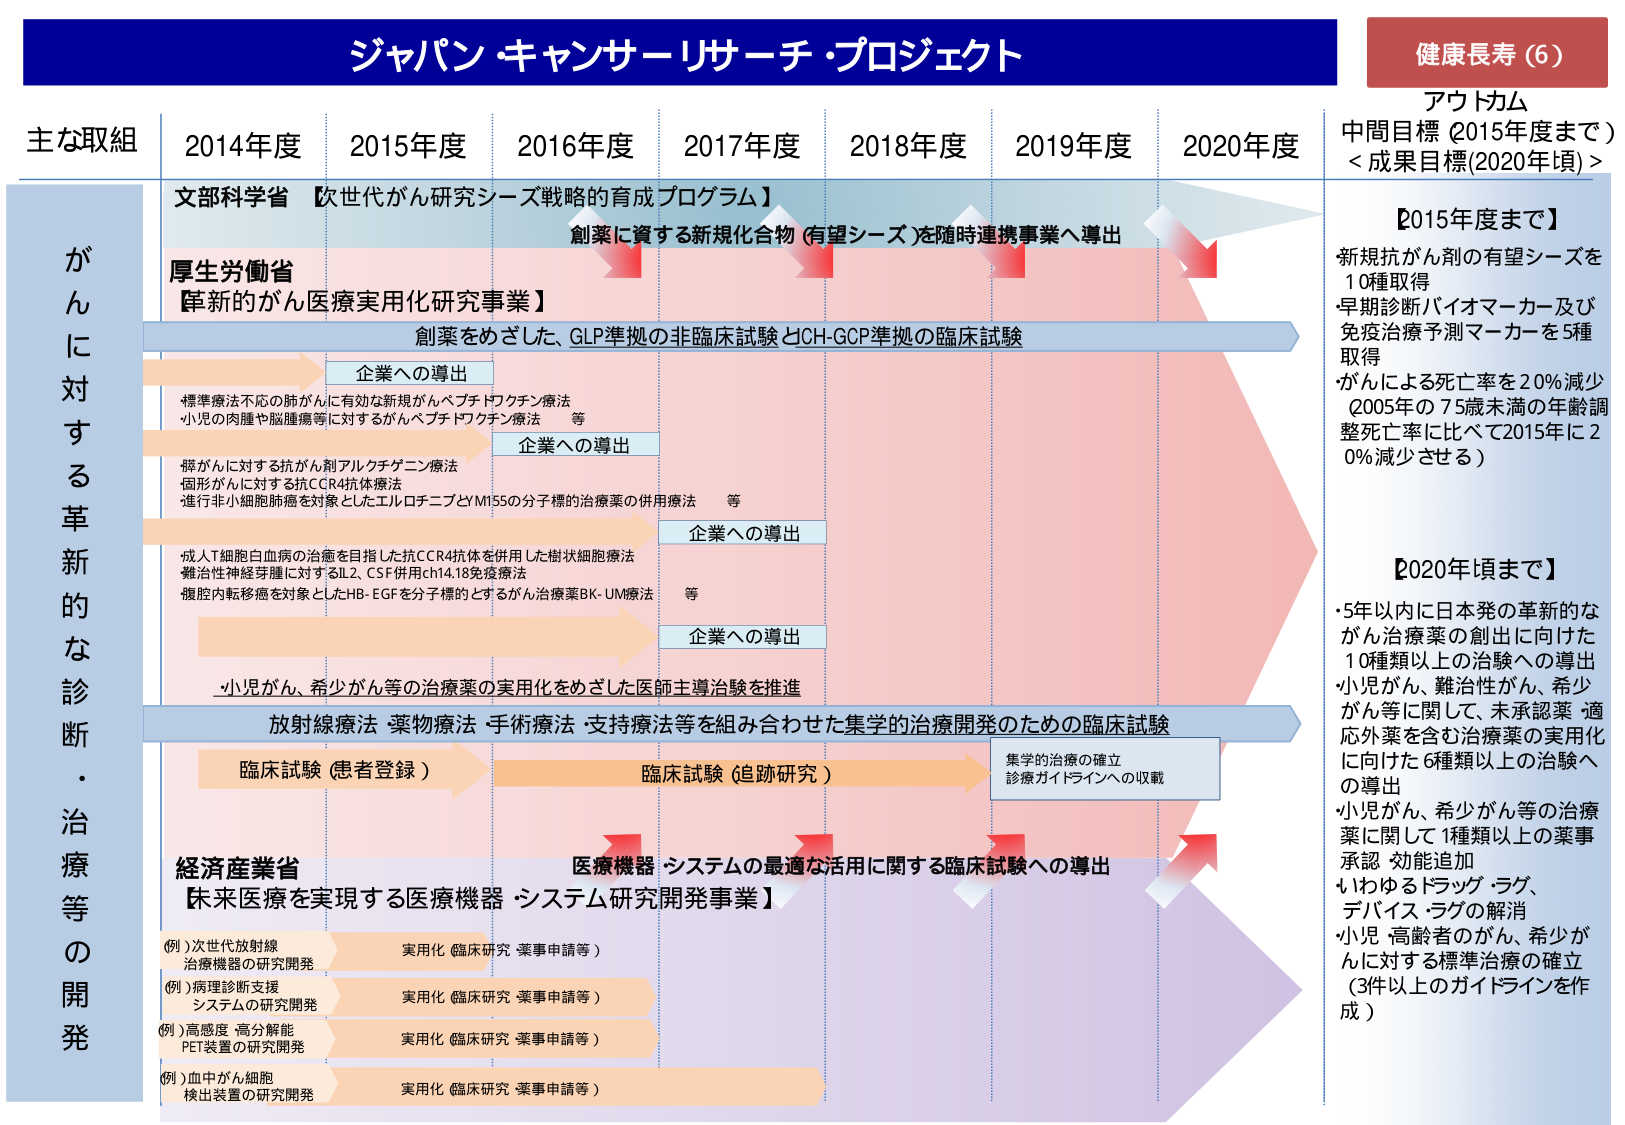
ジャパン・キャンサー・リサーチ・プロジェクト

健康長寿（6）

アウトカム
中間目標（2015年度まで）
＜成果目標(2020年頃)＞

【2015年度まで】
・新規抗がん剤の有望シーズを10種取得
・早期診断バイオマーカー及び免疫治療予測マーカーを5種取得
・がんによる死亡率を20％減少（2005年の75歳未満の年齢調整死亡率に比べて2015年に20％減少させる）

【2020年頃まで】
・5年以内に日本発の革新的ながん治療薬の創出に向けた10種類以上の治験への導出
・小児がん、難治性がん、希少がん等に関して、未承認薬・適応外薬を含む治療薬の実用化に向けた6種類以上の治験への導出
・小児がん、希少がん等の治療薬に関して1種類以上の薬事承認・効能追加
・いわゆるドラッグ・ラグ、デバイス・ラグの解消
・小児・高齢者のがん、希少がんに対する標準治療の確立（3件以上のガイドラインを作成）

主な取組
2014年度　2015年度　2016年度　2017年度　2018年度　2019年度　2020年度

がんに対する革新的な診断・治療等の開発

文部科学省
【次世代がん研究シーズ戦略的育成プログラム】
創薬に資する新規化合物（有望シーズ）を随時連携事業へ導出

厚生労働省
【革新的がん医療実用化研究事業】
創薬をめざした、GLP準拠の非臨床試験とCH-GCP準拠の臨床試験

企業への導出
・標準療法不応の肺がんに有効な新規がんペプチドワクチン療法
・小児の肉腫や脳腫瘍等に対するがんペプチドワクチン療法　等

企業への導出
・脳がんに対する抗がん剤アルクテゲニン療法
・固形がんに対する抗CCR4抗体療法
・進行非小細胞肺癌を対象としたエルロチニブとYM155の分子標的治療薬の併用療法　等

企業への導出
・成人T細胞白血病の治療を目指した抗CCR4抗体を併用した樹状細胞療法
・難治性神経芽腫に対するIL2、CSF併用ch14.18免疫療法
・腹腔内転移癌を対象としたHB-EGFを分子標的とするがん治療薬BK-UM療法　等

企業への導出
・小児がん、希少がん等の治療薬の実用化をめざした医師主導治験を推進

放射線療法・薬物療法・手術療法・支持療法等を組み合わせた集学的治療開発のための臨床試験
臨床試験（患者登録）　→　臨床試験（追跡研究）　→　集学的治療の確立　診療ガイドラインへの収載

経済産業省
【未来医療を実現する医療機器・システム研究開発事業】
医療機器・システムの最適な活用に関する臨床試験への導出

（例）次世代放射線治療機器の研究開発　→　実用化（臨床研究・薬事申請等）
（例）病理診断支援システムの研究開発　→　実用化（臨床研究・薬事申請等）
（例）高感度・高分解能PET装置の研究開発　→　実用化（臨床研究・薬事申請等）
（例）血中がん細胞検出装置の研究開発　→　実用化（臨床研究・薬事申請等）